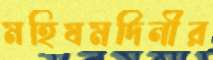
মহিষমর্দিনীর